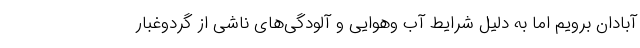
آبادان برویم اما به دلیل شرایط آب وهوایی و آلودگی‌های ناشی از گردوغبار